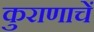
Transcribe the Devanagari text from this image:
कुराणाचें